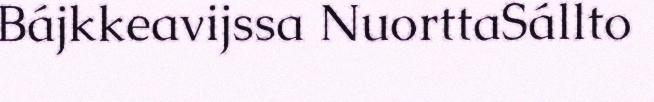
Bájkkeavijssa NuorttaSállto